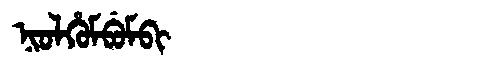
Manchu: ᠨᡳᠣᠯᡥᡠᠮᠪᡠᠮᠪᡳ
Romanization: NIOLHUMBUMBI